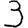
Digit: 3